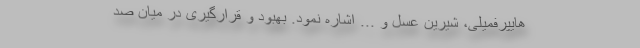
هایپرفمیلی، شیرین عسل و ... اشاره نمود. بهبود و قرارگیری در میان صد